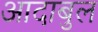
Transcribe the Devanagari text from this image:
आदाबुल